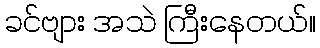
ခင်ဗျား အသဲ ကြီးနေတယ်။